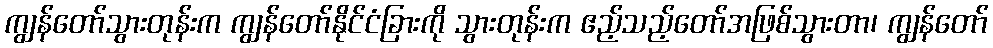
ကျွန်တော်သွားတုန်းက ကျွန်တော်နိုင်ငံခြားကို သွားတုန်းက ဧည့်သည့်တော်အဖြစ်သွားတာ၊ ကျွန်တော်